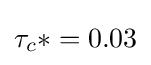
\tau _{c}*=0.03